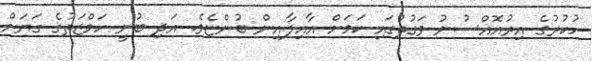
ހުކުރުގެ އިރުއޮއްސުނު ވަގުތުގައި ކަމަށް އާއިލާއިން ބުންޏެވެ. އަދި ބުނީ ހަމްޒަތުގެ ގަޔަށް